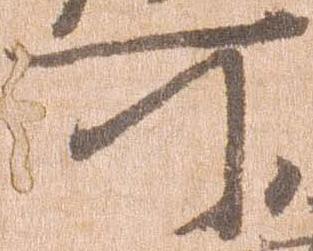
所